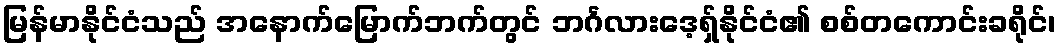
မြန်မာနိုင်ငံသည် အနောက်မြောက်ဘက်တွင် ဘင်္ဂလားဒေ့ရှ်နိုင်ငံ၏ စစ်တကောင်းခရိုင်၊